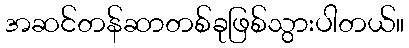
အဆင်တန်ဆာတစ်ခုဖြစ်သွားပါတယ်။